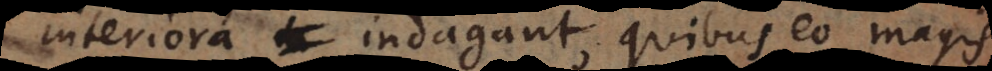
interiora indagant, quibus eo magis